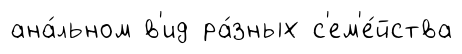
ана́льном в'ид ра́зных с'ем'е́йства